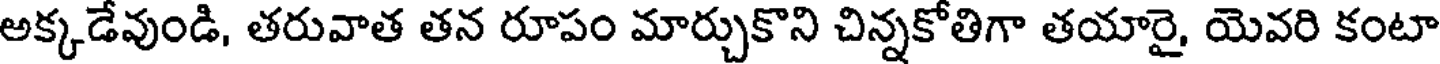
అక్కడేవుండి, తరువాత తన రూపం మార్చుకొని చిన్నకోతిగా తయారై, యెవరి కంటా